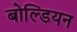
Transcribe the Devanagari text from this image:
बोल्डियन